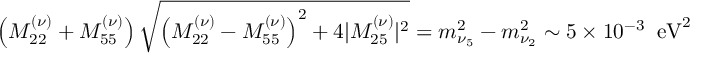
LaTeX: \left( M _ { 2 2 } ^ { ( \nu ) } + M _ { 5 5 } ^ { ( \nu ) } \right) \sqrt { \left( M _ { 2 2 } ^ { ( \nu ) } - M _ { 5 5 } ^ { ( \nu ) } \right) ^ { 2 } + 4 | M _ { 2 5 } ^ { ( \nu ) } | ^ { 2 } } = m _ { \nu _ { 5 } } ^ { 2 } - m _ { \nu _ { 2 } } ^ { 2 } \sim 5 \times 1 0 ^ { - 3 } \; \; \mathrm { e V } ^ { 2 }